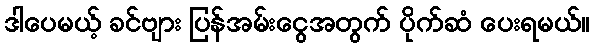
ဒါပေမယ့် ခင်ဗျား ပြန်အမ်းငွေအတွက် ပိုက်ဆံ ပေးရမယ်။